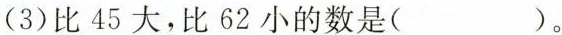
(3)比45大，比62小的数是( )。